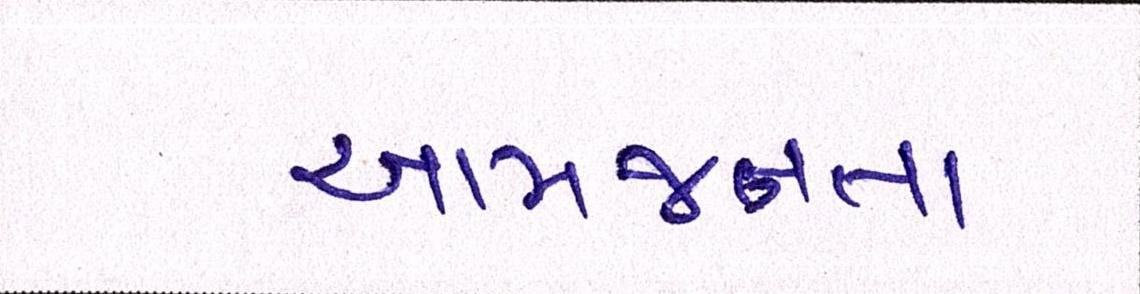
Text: આમજનતા